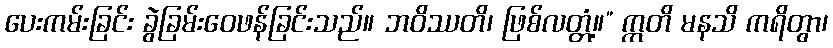
ပေးကမ်းခြင်း ခွဲခြမ်းဝေဖန်ခြင်းသည်။ ဘဝိဿတိ၊ ဖြစ်လတ္တံ့။” ဣတိ မနသိ ကရိတွာ၊